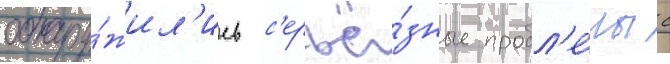
обнару́жил'ись с'ерьё́зные пробл'е́мы с